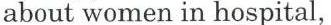
about women in hospital,